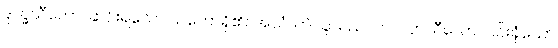
ဒုက္ခသီလော၊ ဆင်းရဲသော သဘောရှိ၏။ အယံ၊ ဤသူသည်။ ကလဟသီလော၊ ငြင်းခုံသော